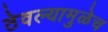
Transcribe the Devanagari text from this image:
ठेवल्यामुळेच